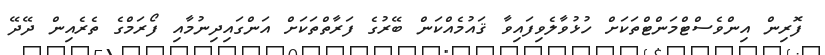
ފޮރިން އިންވެސްޓްމަންޓްތަކަށް ހުޅުވާލެވިފައިވާ ޤައުމެއްކަން ބޭރުގެ ފަރާތްތަކަށް އަންގައިދިނުމާއި ފޯރަމްގެ ތެރެއިން ދޭދޭ